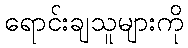
ရောင်းချသူများကို